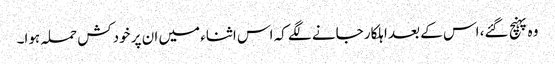
وہ پہنچ گئے، اس کے بعد اہلکار جانے لگے کہ اس اثناء میں ان پر خودکش حملہ ہوا۔